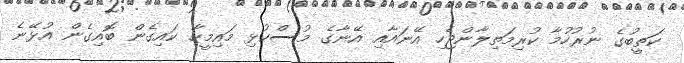
ކަތީބުގެ ނުރުހުމާ ކުރިމަތިލާންޖެހި އޭނައާއި އޭނާގެ މުސްކުޅި މައިމީހާ ކައިގެން ބޮއިގެން އުޅޭނެ